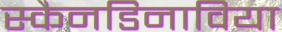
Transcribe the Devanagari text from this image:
स्कैनडिनाविया